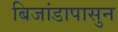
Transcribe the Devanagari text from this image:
बिजांडापासुन